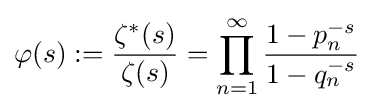
\varphi (s):={\frac {\zeta ^{*}(s)}{\zeta (s)}}=\prod _{n=1}^{\infty }{\frac {1-p_{n}^{-s}}{1-q_{n}^{-s}}}